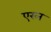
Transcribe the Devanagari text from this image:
एरल